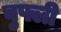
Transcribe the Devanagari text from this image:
वुफ्ली